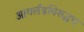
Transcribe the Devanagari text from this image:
आयर्लंडविरुद्धच